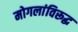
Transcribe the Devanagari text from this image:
मोगलांविरूद्ध